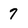
Character: 7